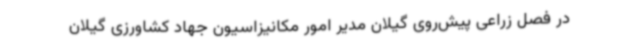
در فصل زراعی پیش‌روی گیلان مدیر امور مکانیزاسیون جهاد کشاورزی گیلان